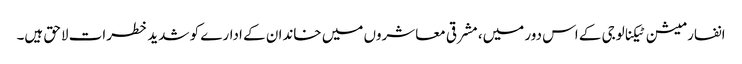
انفارمیشن ٹیکنالوجی کے اس دور میں، مشرقی معاشروں میں خاندان کے ادارے کو شدید خطرات لاحق ہیں۔